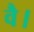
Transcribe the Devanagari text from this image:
वै।